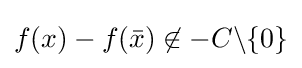
f(x)-f({\bar {x}})\not \in -C\backslash \{0\}